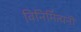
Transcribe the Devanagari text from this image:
विनिर्मित्यनी